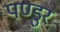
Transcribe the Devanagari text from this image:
पण्डुर